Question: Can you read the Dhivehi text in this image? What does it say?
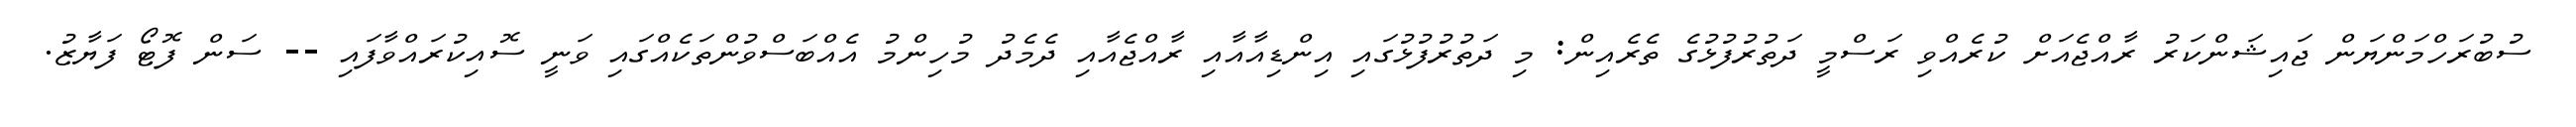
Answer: ސުބުރަހްމަންޔަން ޖައިޝަންކަރު ރާއްޖެއަށް ކުރެއްވި ރަސްމީ ދަތުރުފުޅުގެ ތެރެއިން: މި ދަތުރުފުޅުގައި އިންޑިއާއާއި ރާއްޖެއާއި ދެމެދު މުހިންމު އެއްބަސްވުންތަކެއްގައި ވަނީ ސޮއިކުރައްވާފައި -- ސަން ފޮޓޯ ފަޔާޒު.